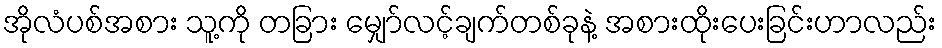
အိုလံပစ်အစား သူ့ကို တခြား မျှော်လင့်ချက်တစ်ခုနဲ့ အစားထိုးပေးခြင်းဟာလည်း